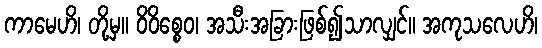
ကာမေဟိ၊ တို့မှ။ ဝိဝိစ္စေဝ၊ အသီးအခြားဖြစ်၍သာလျှင်။ အကုသလေဟိ၊